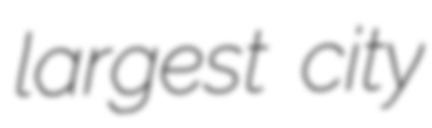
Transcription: largest city